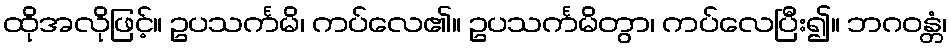
ထိုအလိုဖြင့်။ ဥပသင်္ကမိ၊ ကပ်လေ၏။ ဥပသင်္ကမိတွာ၊ ကပ်လေပြီး၍။ ဘဂဝန္တံ၊